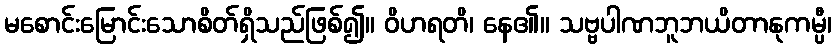
မစောင်းမြောင်းသောစိတ်ရှိသည်ဖြစ်၍။ ဝိဟရတိ၊ နေ၏။ သဗ္ဗပါဏဘူဘယိတာနုကမ္ပီ၊